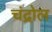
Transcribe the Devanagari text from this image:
चंद्रोल